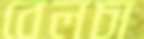
বেলচা